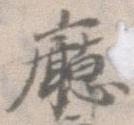
庁